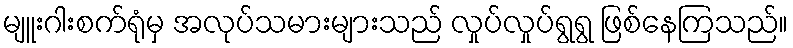
မျူးဂါးစက်ရုံမှ အလုပ်သမားများသည် လှုပ်လှုပ်ရွရွ ဖြစ်နေကြသည်။